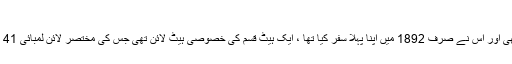
موڈنیا سے برسا تک ریل
مدنیا برسا ریلوے ، جس کی تعمیر 1875 میں شروع ہوئی تھی اور اس نے صرف 1892 میں اپنا پہلا سفر کیا تھا ، ایک ہیٹ قسم کی خصوصی ہیٹ لائن تھی جس کی مختصر لائن لمبائی 41 کلومیٹر تھی اور کسی اناطولیہ لائن سے کوئی رابطہ نہیں تھا۔